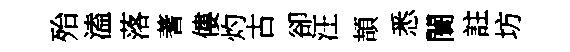
殆溘落蓍僂灼古卻汪頡悉闤註坊